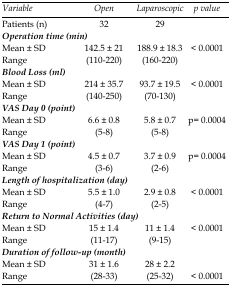
<table><thead><tr><td><b><i>Variable</i></b></td><td><b><i>Open</i></b></td><td><b><i>Laparoscopic</i></b></td><td><b><i>p value</i></b></td></tr></thead><tbody><tr><td>Patients (n)</td><td>32</td><td>29</td><td></td></tr><tr><td colspan="4"><b><i>Operation time (min)</i></b></td></tr><tr><td>Mean ± SD</td><td>142.5 ± 21</td><td>188.9 ± 18.3</td><td>&lt; 0.0001</td></tr><tr><td>Range</td><td>(110-220)</td><td>(160-220)</td><td></td></tr><tr><td colspan="4"><b><i>Blood Loss (ml)</i></b></td></tr><tr><td>Mean ± SD</td><td>214 ± 35.7</td><td>93.7 ± 19.5</td><td>&lt; 0.0001</td></tr><tr><td>Range</td><td>(140-250)</td><td>(70-130)</td><td></td></tr><tr><td colspan="4"><b><i>VAS Day 0 (point)</i></b></td></tr><tr><td>Mean ± SD</td><td>6.6 ± 0.8</td><td>5.8 ± 0.7</td><td>p= 0.0004</td></tr><tr><td>Range</td><td>(5-8)</td><td>(5-8)</td><td></td></tr><tr><td colspan="4"><b><i>VAS Day 1 (point)</i></b></td></tr><tr><td>Mean ± SD</td><td>4.5 ± 0.7</td><td>3.7 ± 0.9</td><td>p= 0.0004</td></tr><tr><td>Range</td><td>(3-6)</td><td>(2-6)</td><td></td></tr><tr><td colspan="4"><b><i>Length of hospitalization (day)</i></b></td></tr><tr><td>Mean ± SD</td><td>5.5 ± 1.0</td><td>2.9 ± 0.8</td><td>&lt; 0.0001</td></tr><tr><td>Range</td><td>(4-7)</td><td>(2-5)</td><td></td></tr><tr><td colspan="4"><b><i>Return to Normal Activities (day)</i></b></td></tr><tr><td>Mean ± SD</td><td>15 ± 1.4</td><td>11 ± 1.4</td><td>&lt; 0.0001</td></tr><tr><td>Range</td><td>(11-17)</td><td>(9-15)</td><td></td></tr><tr><td colspan="4"><b><i>Duration of follow-up (month)</i></b></td></tr><tr><td>Mean ± SD</td><td>31 ± 1.6</td><td>28 ± 2.2</td><td></td></tr><tr><td>Range</td><td>(28-33)</td><td>(25-32)</td><td>&lt; 0.0001</td></tr></tbody></table>